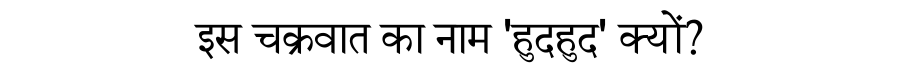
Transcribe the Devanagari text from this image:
इस चक्रवात का नाम 'हुदहुद' क्यों?